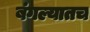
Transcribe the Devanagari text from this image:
बंगल्यातच